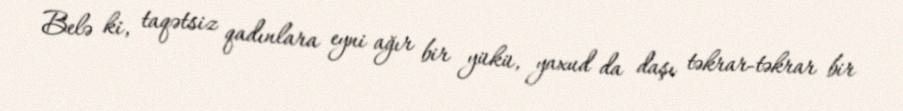
Belə ki, taqətsiz qadınlara eyni ağır bir yükü, yaxud da daşı təkrar-təkrar bir